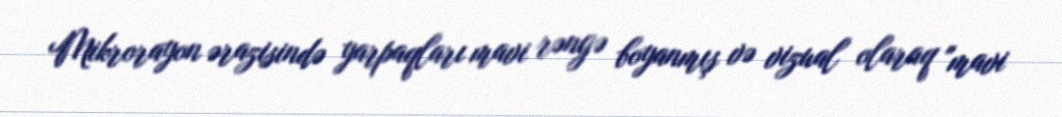
Mikrorayon ərazisində yarpaqları mavi rəngə boyanmış və vizual olaraq "mavi